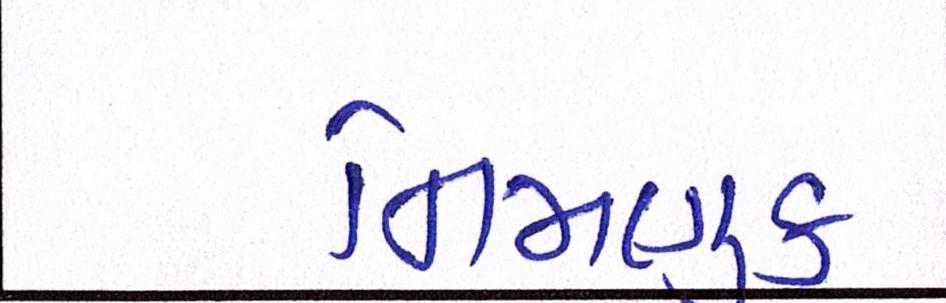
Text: નિમણુક